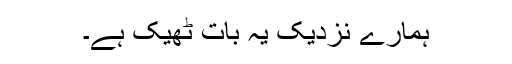
ہمارے نزدیک یہ بات ٹھیک ہے۔